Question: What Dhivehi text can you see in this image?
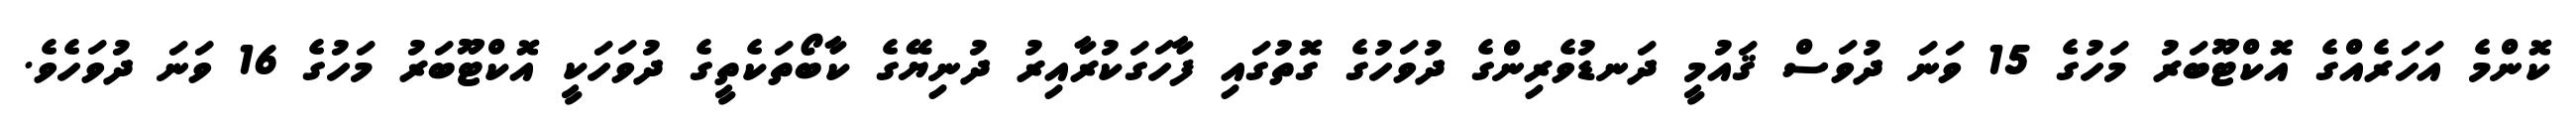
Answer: ކޮންމެ އަހަރެއްގެ އޮކްޓޫބަރު މަހުގެ 15 ވަނަ ދުވަސް ޤައުމީ ދަނޑުވެރިންގެ ދުވަހުގެ ގޮތުގައި ފާހަގަކުރާއިރު ދުނިޔޭގެ ކާބޯތަކެތީގެ ދުވަހަކީ އޮކްޓޫބަރު މަހުގެ 16 ވަނަ ދުވަހެވެ.